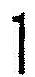
1